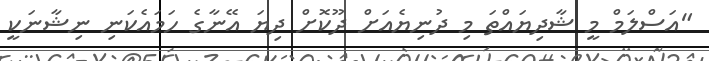
"އަސްލަމް މީ ޝާދިޔައްތަ މި ދުނިޔެއަށް ދޫކޮށް ދިޔަ އޭނާގެ ހަމައެކަނި ނިޝާނަކީ